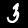
Digit: 3